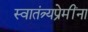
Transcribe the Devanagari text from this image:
स्वातंत्र्यप्रेमींना